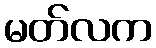
မတ်လက